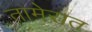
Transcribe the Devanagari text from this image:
तामेरात